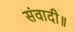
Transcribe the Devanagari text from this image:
संवादी॥